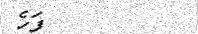
٢٩         ފަހެ